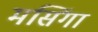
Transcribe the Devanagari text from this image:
मसिंगा